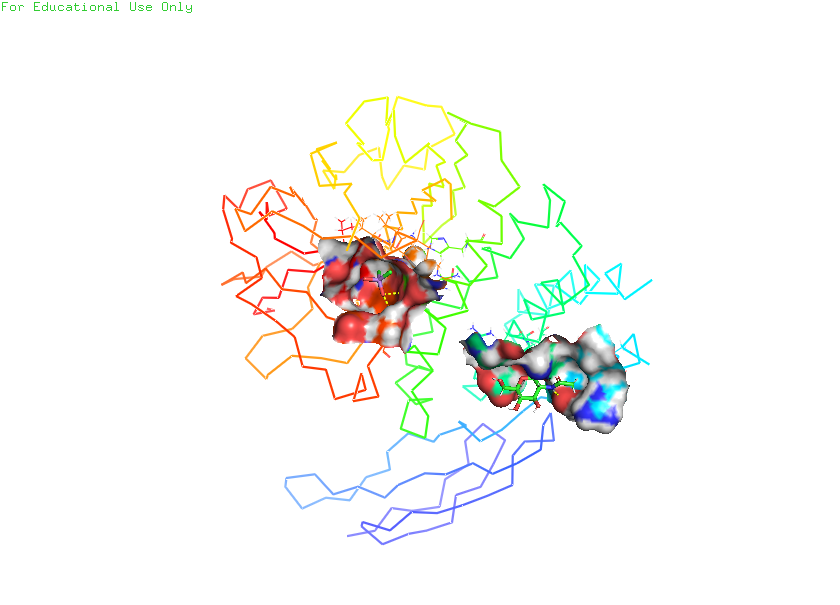
pymol, preset, ligand_sites_hq